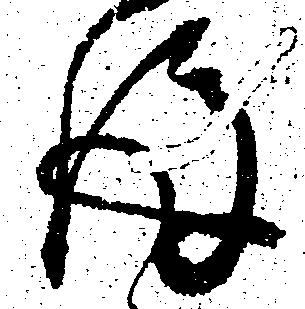
後